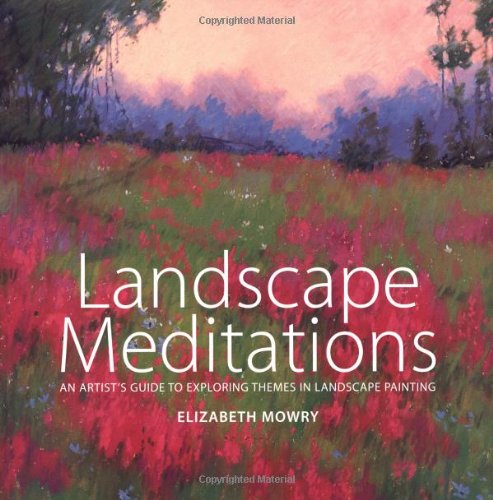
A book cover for Landscape Meditations: An Artist's Guide to Exploring Themes in Landscape Painting; Elizabeth Mowry; Arts & Photography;